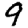
Digit: 9